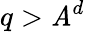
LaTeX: q>\mathit{A}^{d}